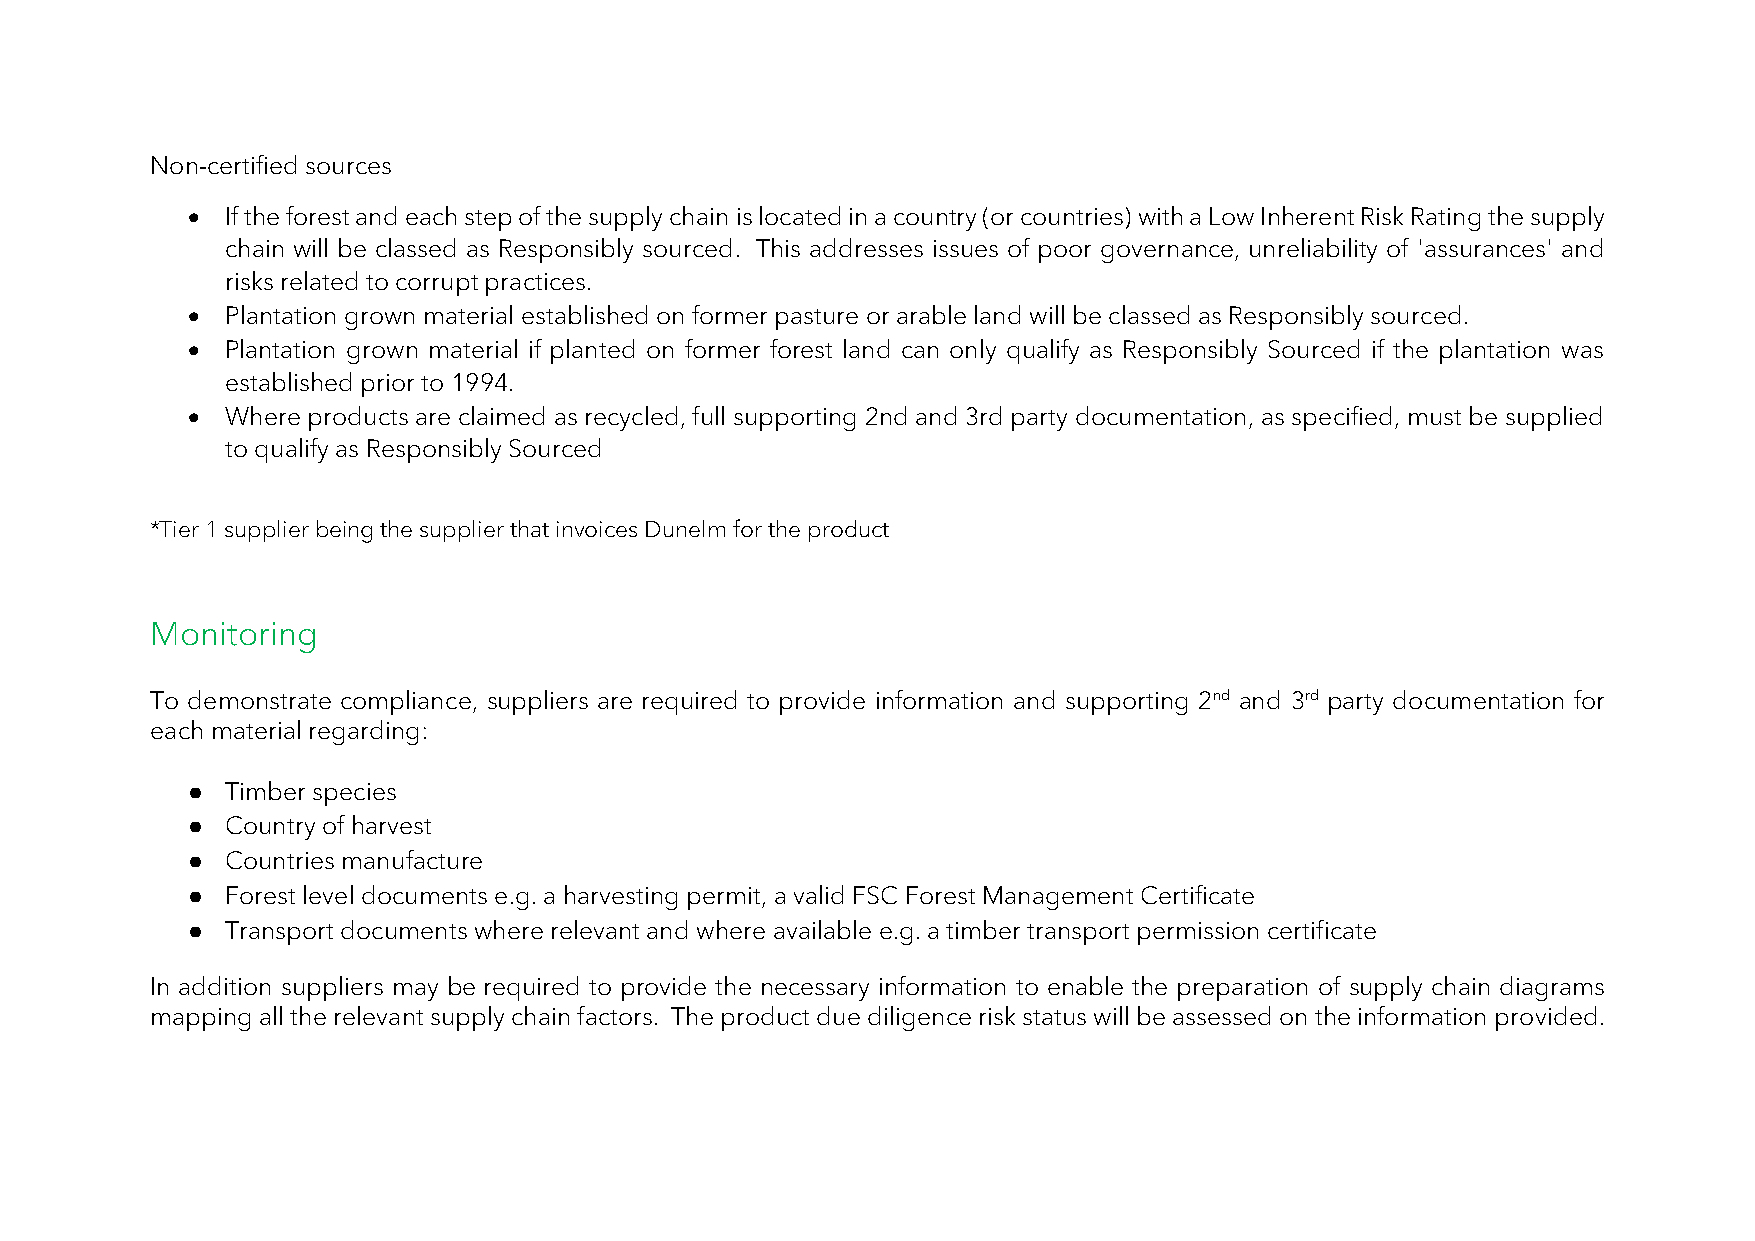
Non-certified sources
 •  If the forest and each step of the supply chain is located in a country (or countries) with a Low Inherent Risk Rating the supply
 chain will be classed as Responsibly sourced. This addresses issues of poor governance, unreliability of 'assurances' and
 risks related to corrupt practices.
 •  Plantation grown material established on former pasture or arable land will be classed as Responsibly sourced.
 •  Plantation grown material if planted on former forest land can only qualify as Responsibly Sourced if the plantation was
 established prior to 1994.
 •  Where products are claimed as recycled, full supporting 2nd and 3rd party documentation, as specified, must be supplied
 to qualify as Responsibly Sourced
 *Tier 1 supplier being the supplier that invoices Dunelm for the product
 Monitoring
 To demonstrate compliance, suppliers are required to provide information and supporting 2nd and 3rd party documentation for
 each material regarding:
 ●  Timber species
 ●  Country of harvest
 ●  Countries manufacture
 ●  Forest level documents e.g. a harvesting permit, a valid FSC Forest Management Certificate
 ●  Transport documents where relevant and where available e.g. a timber transport permission certificate
 In addition suppliers may be required to provide the necessary information to enable the preparation of supply chain diagrams
 mapping all the relevant supply chain factors. The product due diligence risk status will be assessed on the information provided.